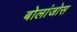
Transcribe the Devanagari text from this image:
बोलांजोस